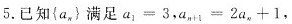
5. 已知{a_{π}} 满足 $$a _ { 1 } = 3$$，$$a _ { n + 1 } = 2 a _ { n } + 1$$，